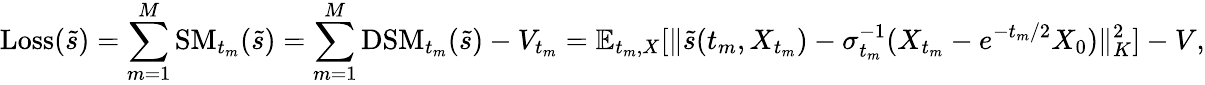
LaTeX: \mathrm{Loss}(\tilde{s})=\sum_{m=1}^{M}\mathrm{SM}_{t_{m}}(\tilde{s})=\sum_{m=1}^{M}\mathrm{DSM}_{t_{m}}(\tilde{s})-V_{t_{m}}=\mathbb{E}_{t_{m},X}[\| \tilde{s}({t_{m}},X_{t_{m}})-\sigma_{t_{m}}^{-1}(X_{t_{m}}-e^{-{t_{m}}/2}X_{0})\| _{K}^{2}]-V,